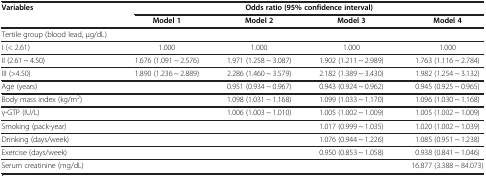
<table><thead><tr><td rowspan="2"><b>Variables</b></td><td colspan="4"><b>Odds ratio (95% confidence interval)</b></td></tr><tr><td><b>Model 1</b></td><td><b>Model 2</b></td><td><b>Model 3</b></td><td><b>Model 4</b></td></tr></thead><tbody><tr><td>Tertile group (blood lead, μg/dL)</td><td> </td><td> </td><td> </td><td> </td></tr><tr><td>I (&lt; 2.61)</td><td>1.000</td><td>1.000</td><td>1.000</td><td>1.000</td></tr><tr><td>II (2.61 ~ 4.50)</td><td>1.676 (1.091 ~ 2.576)</td><td>1.971 (1.258 ~ 3.087)</td><td>1.902 (1.211 ~ 2.989)</td><td>1.763 (1.116 ~ 2.784)</td></tr><tr><td>III (&gt;4.50)</td><td>1.890 (1.236 ~ 2.889)</td><td>2.286 (1.460 ~ 3.579)</td><td>2.182 (1.389 ~ 3.430)</td><td>1.982 (1.254 ~ 3.132)</td></tr><tr><td>Age (years)</td><td> </td><td>0.951 (0.934 ~ 0.967)</td><td>0.943 (0.924 ~ 0.962)</td><td>0.945 (0.925 ~ 0.965)</td></tr><tr><td>Body mass index (kg/m<sup>2</sup>)</td><td> </td><td>1.098 (1.031 ~ 1.168)</td><td>1.099 (1.033 ~ 1.170)</td><td>1.096 (1.030 ~ 1.168)</td></tr><tr><td>γ-GTP (IU/L)</td><td> </td><td>1.006 (1.003 ~ 1.010)</td><td>1.005 (1.002 ~ 1.009)</td><td>1.005 (1.002 ~ 1.009)</td></tr><tr><td>Smoking (pack-year)</td><td> </td><td> </td><td>1.017 (0.999 ~ 1.035)</td><td>1.020 (1.002 ~ 1.039)</td></tr><tr><td>Drinking (days/week)</td><td> </td><td> </td><td>1.076 (0.944 ~ 1.226)</td><td>1.085 (0.951 ~ 1.238)</td></tr><tr><td>Exercise (days/week)</td><td> </td><td> </td><td>0.950 (0.853 ~ 1.058)</td><td>0.938 (0.841 ~ 1.046)</td></tr><tr><td>Serum creatinine (mg/dL)</td><td> </td><td> </td><td> </td><td>16.877 (3.388 ~ 84.073)</td></tr></tbody></table>